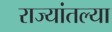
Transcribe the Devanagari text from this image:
राज्यांतल्या